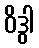
ဝိဒွါ